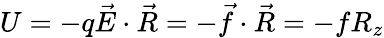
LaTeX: U=-q{\vec{E}}\cdot{\vec{R}}=-{\vec{f}}\cdot{\vec{R}}=-fR_{z}